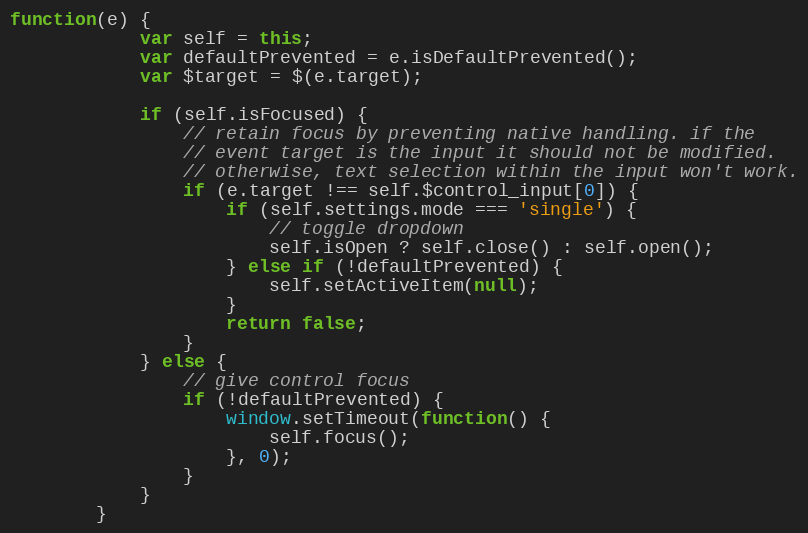
Language: JavaScript
function(e) {
			var self = this;
			var defaultPrevented = e.isDefaultPrevented();
			var $target = $(e.target);

			if (self.isFocused) {
				// retain focus by preventing native handling. if the
				// event target is the input it should not be modified.
				// otherwise, text selection within the input won't work.
				if (e.target !== self.$control_input[0]) {
					if (self.settings.mode === 'single') {
						// toggle dropdown
						self.isOpen ? self.close() : self.open();
					} else if (!defaultPrevented) {
						self.setActiveItem(null);
					}
					return false;
				}
			} else {
				// give control focus
				if (!defaultPrevented) {
					window.setTimeout(function() {
						self.focus();
					}, 0);
				}
			}
		}